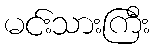
မင်းသားကြီး